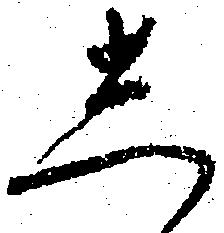
し